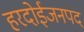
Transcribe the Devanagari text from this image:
हरदोईजनपद